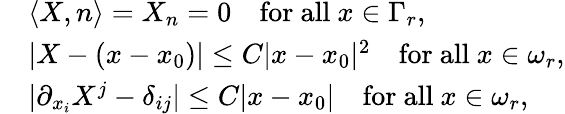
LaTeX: \begin{array}{rl}&{\langle X,n\rangle=X_{n}=0\quad\mathrm{for~all}\ x\in\Gamma_{r},}\\ &{|X-(x-x_{0})|\leq C|x-x_{0}|^{2}\quad\mathrm{for~all}\ x\in\omega_{r},}\\ &{|\partial_{x_{i}}X^{j}-\delta_{ij}|\leq C|x-x_{0}|\quad\mathrm{for~all}\ x\in\omega_{r},}\end{array}